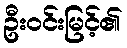
ဦးဝင်းမြင့်၏